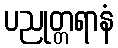
ပညုတ္တရာနံ